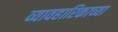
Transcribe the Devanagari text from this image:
व्यावहारिकाच्या